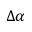
\Delta \alpha